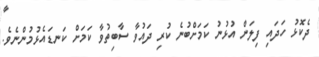
ދެކޮޅު ހަދައި ފިލަން އުޅުނު ކަަމަށްބުނެ ކުރި ދައުވާ ސާބިތުވާ ކަމަށް ކަނޑައެޅުމުންނެވެ.